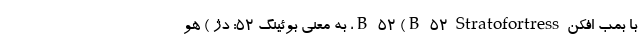
با بمب افکن B-52 (B-52 Stratofortress، به معنی بوئینگ ۵۲: دژ ) هو